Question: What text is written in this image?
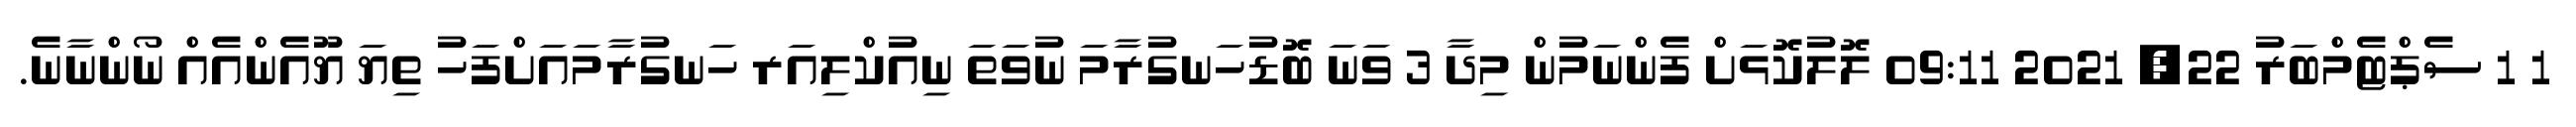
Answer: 1 1 ސެޕްޓެމްބަރު 22, 2021 09:11 ލޮލުކޮޅަށް ފެންނަމުން މިދާ 3 ވަނަ ބޮޑުހަނގުރާމަ ނުވަތަ ނިއުކްލިއަރ ހަނގުރާމައަށްފަހު ތިޔަ ޔޫއެންއެއް ނޯންނާނެ.